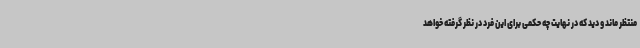
منتظر ماند و دید که در نهایت چه حکمی برای این فرد در نظر گرفته خواهد